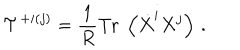
{ \cal T } ^ { + i ( j ) } = \frac { 1 } { R } \mathrm { T r } \; \left( \dot { X } ^ { i } X ^ { j } \right) \, .